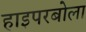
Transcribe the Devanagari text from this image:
हाइपरबोला